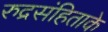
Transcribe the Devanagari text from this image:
रुद्रसंहिताके